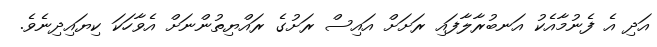
އަދި އެ ފެނުމާއެކު އަނބުރާލާފައި ރަށަށް އައިސް ރަށުގެ ރައްޔިތުންނަށް އެވާހަކަ ކިޔައިދިނެވެ.